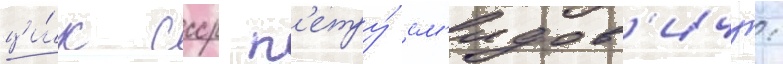
ци́к ссср п'етру́ см'идов'ичу: